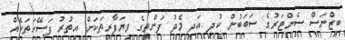
ބިޒްނަސް ސެންޓަރުގެ ސަބަބުން ކުދި އަދި މެދު ފަންތީގެ ވިޔަފާރިތަކަށް އިތުރު ފަސޭހަތަކެއް